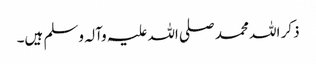
ذکر اللہ محمد صلی اللہ علیہ وآلہ وسلم ہیں۔